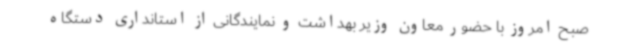
صبح امروز با حضور معاون وزیر بهداشت و نمایندگانی از استانداری دستگاه